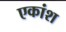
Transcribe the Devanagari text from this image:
एकांश